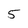
Character: 5